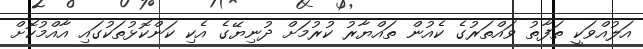
އަލުއްވަކީ ތަފާތު ވައްތަރުގެ ކެއުން ތައްޔާރު ކުރުމަށް ދުނިޔޭގެ އެކި ކަންކޮޅުތަކުގައި އާއްމުކޮށް